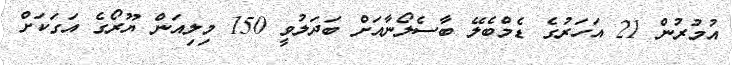
އުމުރުން 21 އަހަރުގެ ޑެމްބެލޭ ބާސެލޯނާއަށް ބަދަލުވީ 150 މިލިއަން ޔޫރޯގެ އަގަކަށް